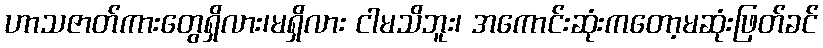
ဟာသဇာတ်ကားတွေရှိလား၊မရှိလား ငါမသိဘူး၊ အကောင်းဆုံးကတော့မဆုံးဖြတ်ခင်